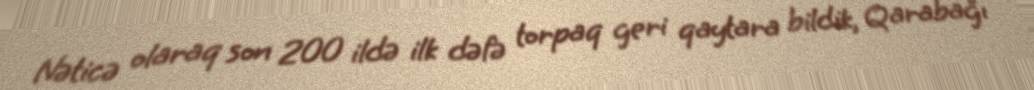
Nəticə olaraq son 200 ildə ilk dəfə torpaq geri qaytara bildik, Qarabağı